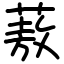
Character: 蔜